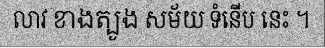
លាវ ខាងត្បូង សម័យ ទំនើប នេះ ។